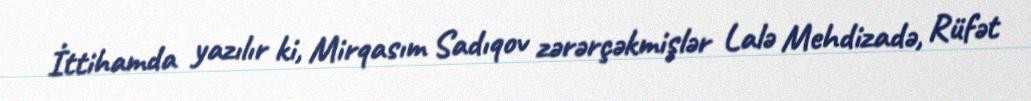
İttihamda yazılır ki, Mirqasım Sadıqov zərərçəkmişlər Lalə Mehdizadə, Rüfət